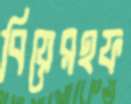
বিয়েরহফ